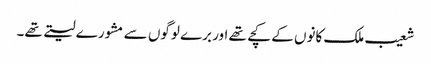
شعیب ملک کانوں کے کچے تھے اور برے لوگوں سے مشورے لیتے تھے۔